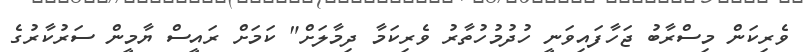
ވެރިކަން މިސްރާބު ޖަހާފައިވަނީ ހުދުމުހުތާރު ވެރިކަމާ ދިމާލަށް" ކަމަށް ރައީސް ޔާމީން ސަރުކާރުގެ